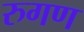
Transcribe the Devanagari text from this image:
रुगण